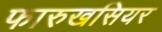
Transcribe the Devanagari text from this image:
फारुखसियर